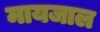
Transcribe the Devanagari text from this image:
मायजाल